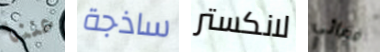
عننا ساذجة لانكستر فضائي